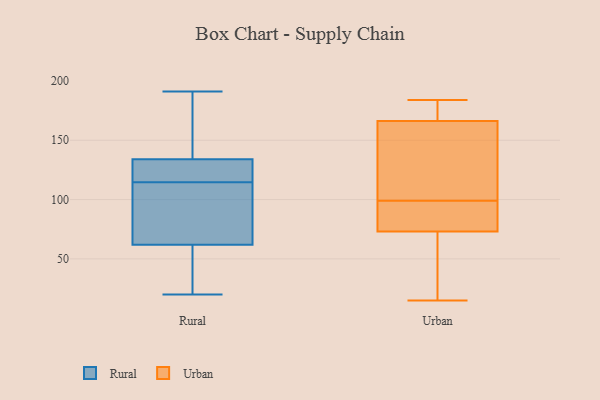
{"axis": {"x": "Backlog", "y": "Value"}, "legend": ["Rural", "Urban"], "data": [{"x": "", "y": 62, "type": "Rural"}, {"x": "", "y": 175, "type": "Rural"}, {"x": "", "y": 24, "type": "Rural"}, {"x": "", "y": 112, "type": "Rural"}, {"x": "", "y": 24, "type": "Rural"}, {"x": "", "y": 127, "type": "Rural"}, {"x": "", "y": 182, "type": "Rural"}, {"x": "", "y": 117, "type": "Rural"}, {"x": "", "y": 88, "type": "Rural"}, {"x": "", "y": 99, "type": "Rural"}, {"x": "", "y": 20, "type": "Rural"}, {"x": "", "y": 191, "type": "Rural"}, {"x": "", "y": 122, "type": "Rural"}, {"x": "", "y": 134, "type": "Rural"}, {"x": "", "y": 143, "type": "Urban"}, {"x": "", "y": 30, "type": "Urban"}, {"x": "", "y": 179, "type": "Urban"}, {"x": "", "y": 183, "type": "Urban"}, {"x": "", "y": 184, "type": "Urban"}, {"x": "", "y": 26, "type": "Urban"}, {"x": "", "y": 73, "type": "Urban"}, {"x": "", "y": 99, "type": "Urban"}, {"x": "", "y": 74, "type": "Urban"}, {"x": "", "y": 137, "type": "Urban"}, {"x": "", "y": 73, "type": "Urban"}, {"x": "", "y": 85, "type": "Urban"}, {"x": "", "y": 174, "type": "Urban"}, {"x": "", "y": 15, "type": "Urban"}, {"x": "", "y": 106, "type": "Urban"}]}